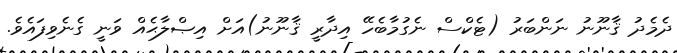
ދެމެދު ޤާނޫނު ނަންބަރު (ޓެކްސް ނެގުމާބެހޭ އިދާރީ ޤާނޫނު)އަށް އިޞްލާޙެއް ވަނީ ގެނެވިފައެވެ.